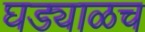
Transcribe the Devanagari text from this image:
घड्याळच